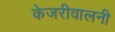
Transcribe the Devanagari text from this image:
केजरीवालनी